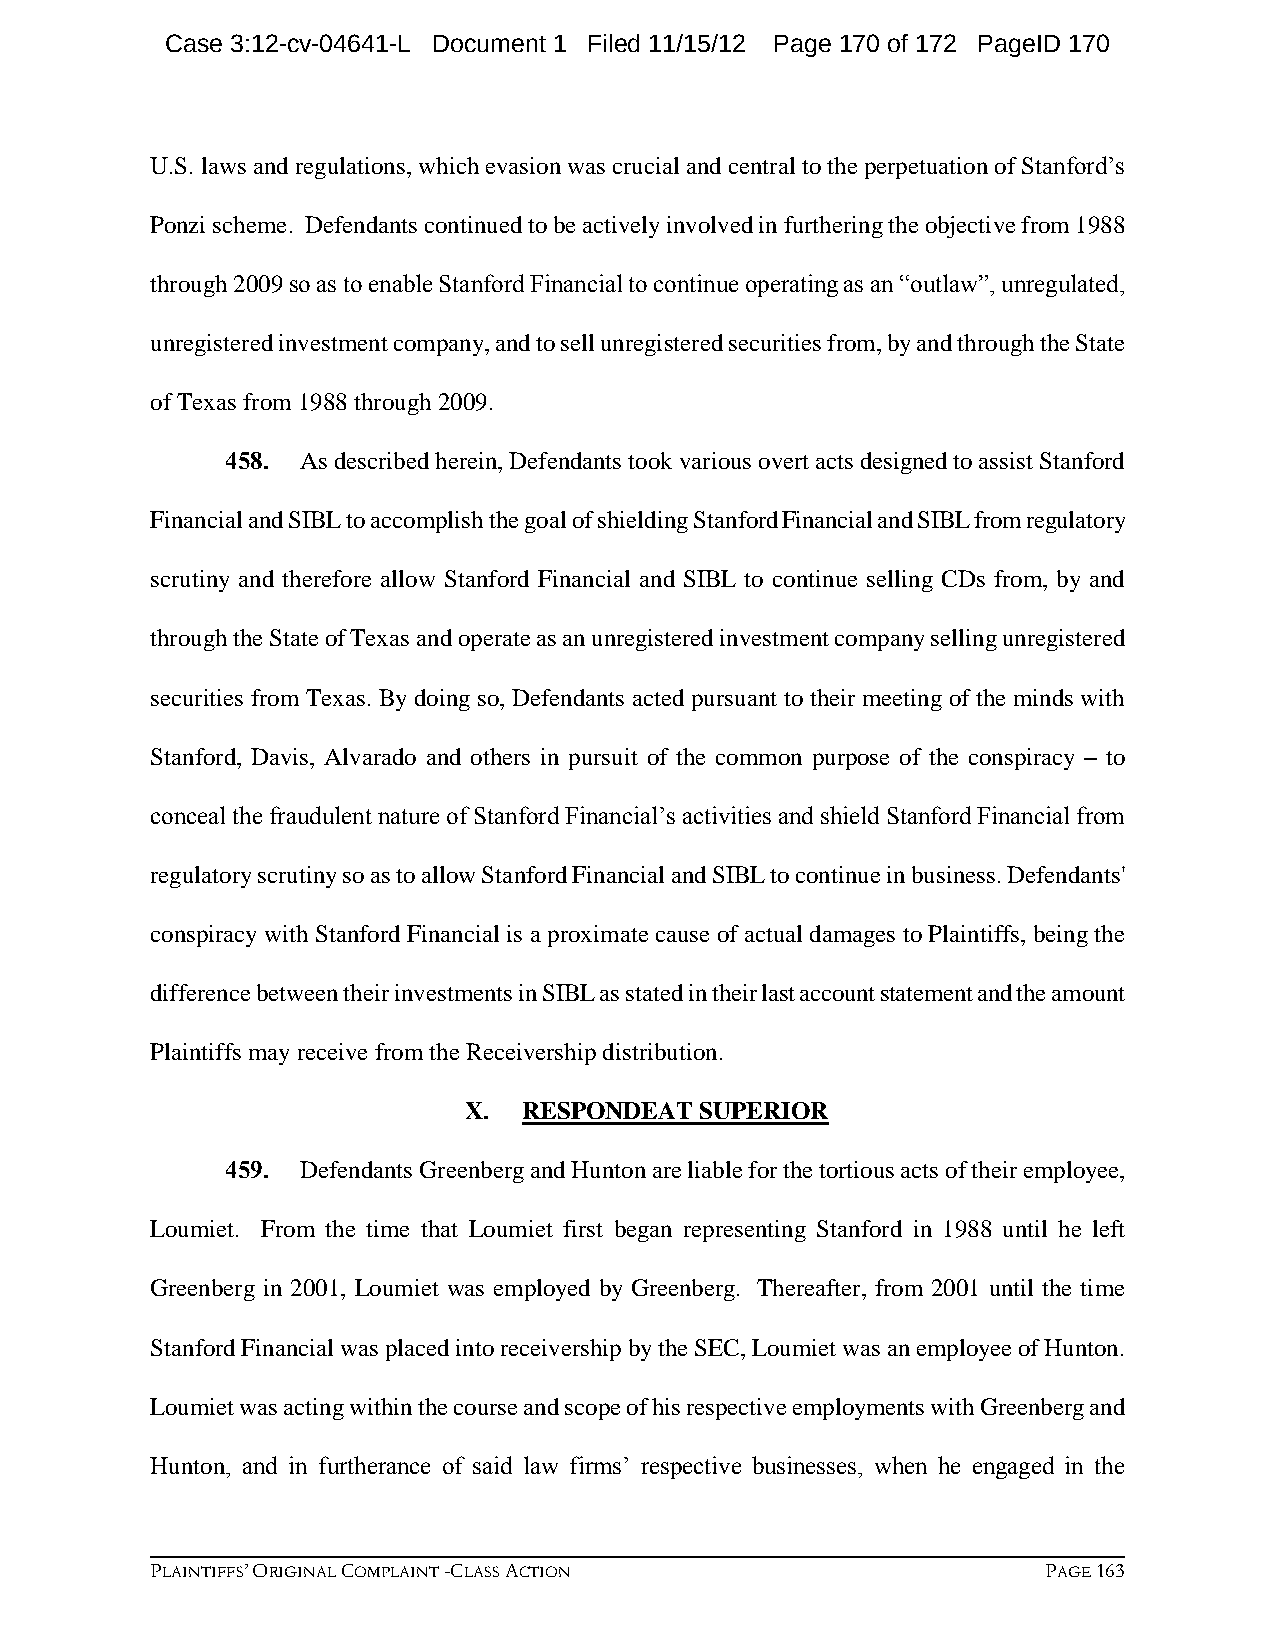
Case 3:12-cv-04641-L Document 1 Filed 11/15/12 Page 170 of 172 PageID 170
 U.S. laws and regulations, which evasion was crucial and central to the perpetuation of Stanford’s
 Ponzi scheme. Defendants continued to be actively involved in furthering the objective from 1988
 through 2009 so as to enable Stanford Financial to continue operating as an “outlaw”, unregulated,
 unregistered investment company, and to sell unregistered securities from, by and through the State
 of Texas from 1988 through 2009.
 458. As described herein, Defendants took various overt acts designed to assist Stanford
 Financial and SIBL to accomplish the goal of shielding Stanford Financial and SIBL from regulatory
 scrutiny and therefore allow Stanford Financial and SIBL to continue selling CDs from, by and
 through the State of Texas and operate as an unregistered investment company selling unregistered
 securities from Texas. By doing so, Defendants acted pursuant to their meeting of the minds with
 Stanford, Davis, Alvarado and others in pursuit of the common purpose of the conspiracy – to
 conceal the fraudulent nature of Stanford Financial’s activities and shield Stanford Financial from
 regulatory scrutiny so as to allow Stanford Financial and SIBL to continue in business. Defendants'
 conspiracy with Stanford Financial is a proximate cause of actual damages to Plaintiffs, being the
 difference between their investments in SIBL as stated in their last account statement and the amount
 Plaintiffs may receive from the Receivership distribution.
 X.  RESPONDEAT SUPERIOR
 459. Defendants Greenberg and Hunton are liable for the tortious acts of their employee,
 Loumiet. From the time that Loumiet first began representing Stanford in 1988 until he left
 Greenberg in 2001, Loumiet was employed by Greenberg. Thereafter, from 2001 until the time
 Stanford Financial was placed into receivership by the SEC, Loumiet was an employee of Hunton.
 Loumiet was acting within the course and scope of his respective employments with Greenberg and
 Hunton, and in furtherance of said law firms’ respective businesses, when he engaged in the
 PLAINTIFFS’ ORIGINAL COMPLAINT -CLASS ACTION               PAGE 163